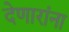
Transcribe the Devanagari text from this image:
देणारांना